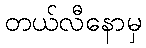
တယ်လီနောမှ